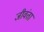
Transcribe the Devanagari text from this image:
जीवंता